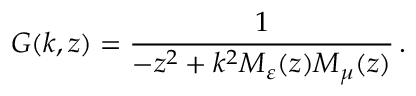
G ( k , z ) = \frac { 1 } { - z ^ { 2 } + k ^ { 2 } M _ { \varepsilon } ( z ) M _ { \mu } ( z ) } \, .